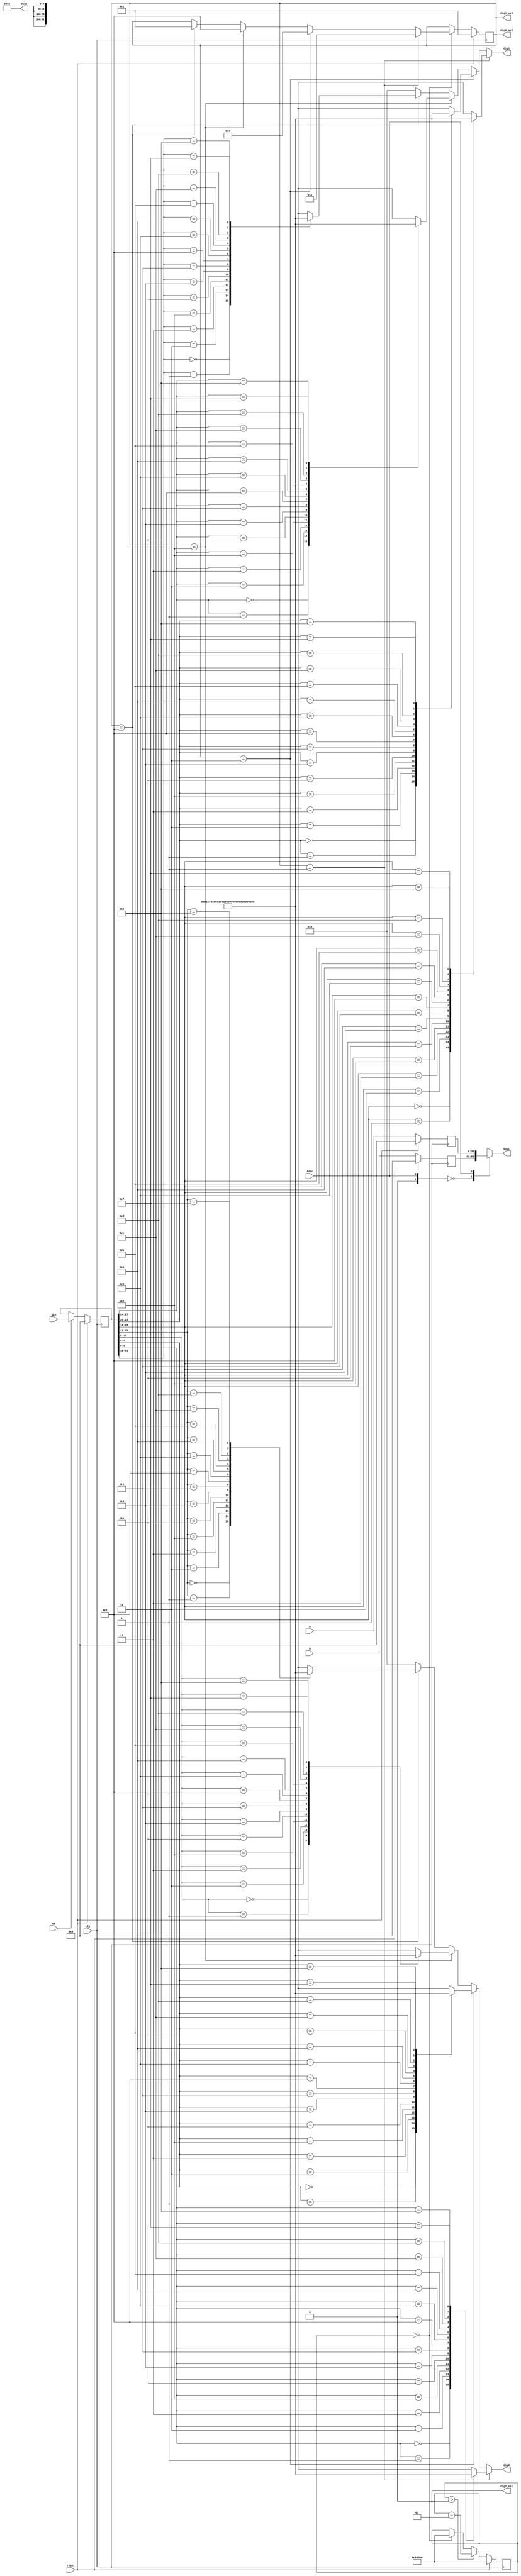
`timescale 1ns / 1ps
//////////////////////////////////////////////////////////////////////////////////
// Company: 
// Engineer: 
// 
// Design Name: 
// Module Name:    Digital_User 
// Project Name: 
// Target Devices: 
// Tool versions: 
// Description: 
//
// Dependencies: 
//
// Revision: 
// Revision 0.01 - File Created
// Additional Comments: 
//
//////////////////////////////////////////////////////////////////////////////////
module Digital_User(clk,reset,A,B,Addr,dout,dig0,dig1,dig2,dig0_sel,dig1_sel,dig2_sel,WE,din);
	input [31:0] A,B;
	input clk,reset,WE;
	input Addr;
	input [31:0] din;
	output [31:0] dout;
	output [7:0] dig0,dig1,dig2;
	output [3:0] dig0_sel,dig1_sel;
	output dig2_sel;
	integer count;
	wire [7:0] show_dig [15:0];
	assign dig2_sel=0;
	assign dig2=show_dig[0];
	assign show_dig[0]=8'b10000001;
	assign show_dig[1]=8'b11001111;
	assign show_dig[2]=8'b10010010;
	assign show_dig[3]=8'b10000110;
	assign show_dig[4]=8'b11001100;
	assign show_dig[5]=8'b10100100;
	assign show_dig[6]=8'b10100000;
	assign show_dig[7]=8'b10001101;
	assign show_dig[8]=8'b10000000;
	assign show_dig[9]=8'b10000100;
	assign show_dig[10]=8'b10001000;
	assign show_dig[11]=8'b11100000;
	assign show_dig[12]=8'b10110001;
	assign show_dig[13]=8'b11000010;
	assign show_dig[14]=8'b10110000;
	assign show_dig[15]=8'b10111000;
	
	reg [3:0] temp;
	reg [31:0] mem [2:0] ;

	assign dig0=(dig0_sel==4'b0001)?show_dig[{mem[2][3:0]}]:
					(dig0_sel==4'b0010)?show_dig[{mem[2][7:4]}]:
					(dig0_sel==4'b0100)?show_dig[{mem[2][11:8]}]:
					(dig1_sel==4'b1000)?show_dig[{mem[2][15:12]}]:0;
	assign dig1=(dig1_sel==4'b0001)?show_dig[{mem[2][19:16]}]:
					(dig1_sel==4'b0010)?show_dig[{mem[2][23:20]}]:
					(dig1_sel==4'b0100)?show_dig[{mem[2][27:24]}]:
					(dig1_sel==4'b1000)?show_dig[{mem[2][31:28]}]:0;
	assign dig0_sel=temp;
	assign dig1_sel=temp;
	assign dout=mem[Addr] ;
	assign out_to_TC=mem[0];
	always@(posedge clk) begin
		if(reset) begin
			count<=200000;
			mem[0]<=0;
			temp<=4'b0001;
			mem[1]<=0;
			mem[2]<=0;
		end
		else begin
		if(WE==1) begin
			mem[2]<=din;
		end
		mem[1]<=A;//7-4
		mem[0]<=B;//3-0
		if(count>0) count<=count-1;
		else if(count==0) count<=200000;
		if(count==0) begin
			if(temp==4'b0001) begin
				temp<=4'b0010;
			end
			else if(temp==4'b0010) begin
				temp<=4'b0100;
			end
			else if(temp==4'b0100) begin
				temp<=4'b1000;
			end
			else if(temp==4'b1000) begin
				temp<=4'b0001;
			end
		end
		end
		
	end


endmodule